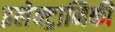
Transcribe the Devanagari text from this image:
इलेक्‍ट्रानिकी